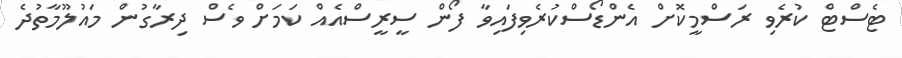
ޓެސްޓް ކުރެވި ރަސްމީކޮށް އެންޑޯސްކުރެވިފައިވާ ފޯން ސީރީސްއެއް ކަމަށް ވެސް ދިރާގުން މައުލޫމާތުދެ